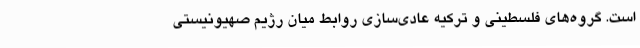
است. گروه‌های فلسطینی و ترکیه عادی‌سازی روابط میان رژیم صهیونیستی